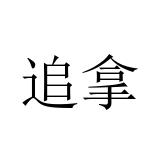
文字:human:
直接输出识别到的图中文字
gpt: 追拿